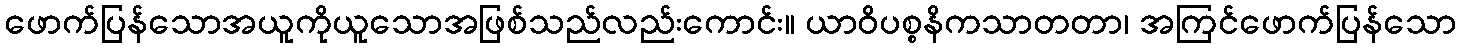
ဖောက်ပြန်သောအယူကိုယူသောအဖြစ်သည်လည်းကောင်း။ ယာဝိပစ္စနိကသာတတာ၊ အကြင်ဖောက်ပြန်သော